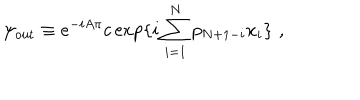
LaTeX: \psi _ { \mathrm { o u t } } \equiv e ^ { - i A \pi } c \exp \{ i \sum _ { i = 1 } ^ { N } p _ { N + 1 - i } x _ { i } \} \, \, ,